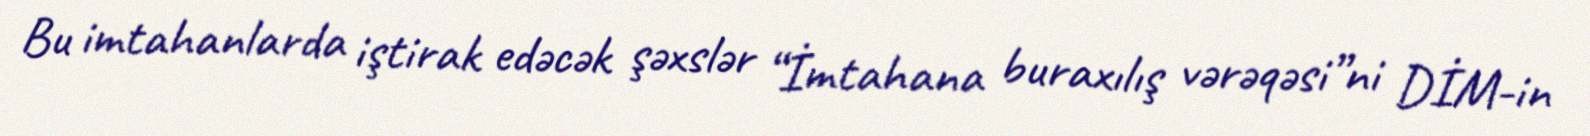
Bu imtahanlarda iştirak edəcək şəxslər “İmtahana buraxılış vərəqəsi”ni DİM-in